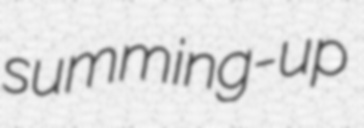
summing-up